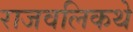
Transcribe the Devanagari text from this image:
राजवलिकथे